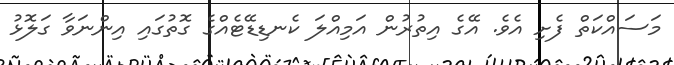
މަސައްކަތް ފެށި އެވެ. އޭގެ އިތުރުން އަމިއްލަ ކެނޑިޑޭޓެއްގެ ގޮތުގައި އިންނަވާ ގަލޮޅު